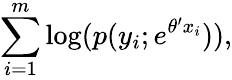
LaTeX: \sum_{i=1}^{m}\log(p(y_{i};e^{\theta^{\prime}x_{i}})),